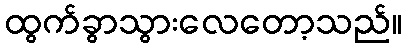
ထွက်ခွာသွားလေတော့သည်။